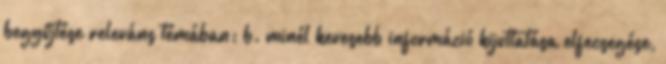
begyűjtése releváns témában; b. minél kevesebb információ kijuttatása elfecsegése,